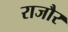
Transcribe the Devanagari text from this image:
राजौर